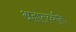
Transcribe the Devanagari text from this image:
अज्ञातव्यक्ति